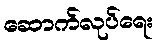
ဆောက်လုပ်ရေး